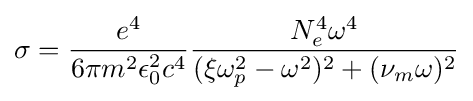
\sigma ={\frac {e^{4}}{6\pi m^{2}\epsilon _{0}^{2}c^{4}}}{\frac {N_{e}^{4}\omega ^{4}}{(\xi \omega _{p}^{2}-\omega ^{2})^{2}+(\nu _{m}\omega )^{2}}}